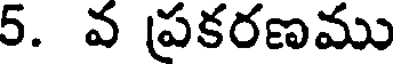
5. వ ప్రకరణము